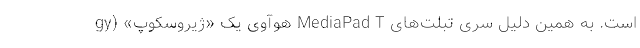
است. به همین دلیل سری تبلت‌های MediaPad T هوآوی یک «ژیروسکوپ» (gy